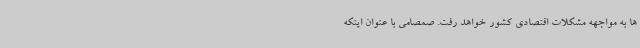
ها به مواجهه مشکلات اقتصادی کشور خواهد رفت. صمصامی با عنوان اینکه